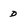
Character: d